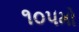
૧૦૫મો